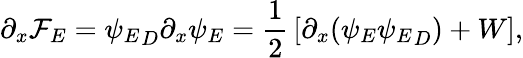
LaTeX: \partial_{x}{\cal F}_{E}={\psi_{E}}_{D}\partial_{x}\psi_{E}={\frac{1}{2}}\left[\partial_{x}(\psi_{E}{\psi_{E}}_{D})+W\right],